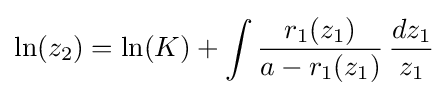
\ln(z_{2})=\ln(K)+\int {\frac {r_{1}(z_{1})}{a-r_{1}(z_{1})}}\,{\frac {dz_{1}}{z_{1}}}